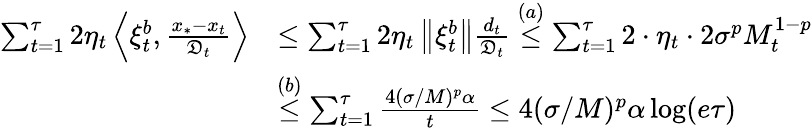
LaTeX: \begin{array}{rl}{\sum_{t=1}^{\tau}2\eta_{t}\left\langle\xi_{t}^{b},\frac{x_{*}-x_{t}}{\mathfrak{D}_{t}}\right\rangle}&{\leq\sum_{t=1}^{\tau}2\eta_{t}\left\Vert\xi_{t}^{b}\right\Vert\frac{d_{t}}{\mathfrak{D}_{t}}\overset{(a)}{\leq}\sum_{t=1}^{\tau}2\cdot\eta_{t}\cdot 2\sigma^{p}M_{t}^{1-p}}\\ &{\overset{(b)}{\leq}\sum_{t=1}^{\tau}\frac{4(\sigma/M)^{p}\alpha}{t}\leq 4(\sigma/M)^{p}\alpha\log(e\tau)}\end{array}